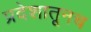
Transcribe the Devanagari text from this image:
प्रदेशातूनच